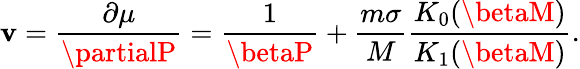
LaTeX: \mathbf{v}=\frac{{\partial\mu}}{{\partialP}}=\frac{{1}}{{\betaP}}+\frac{{m\sigma}}{{M}}\frac{{K_{0}(\betaM)}}{{K_{1}(\betaM)}}.